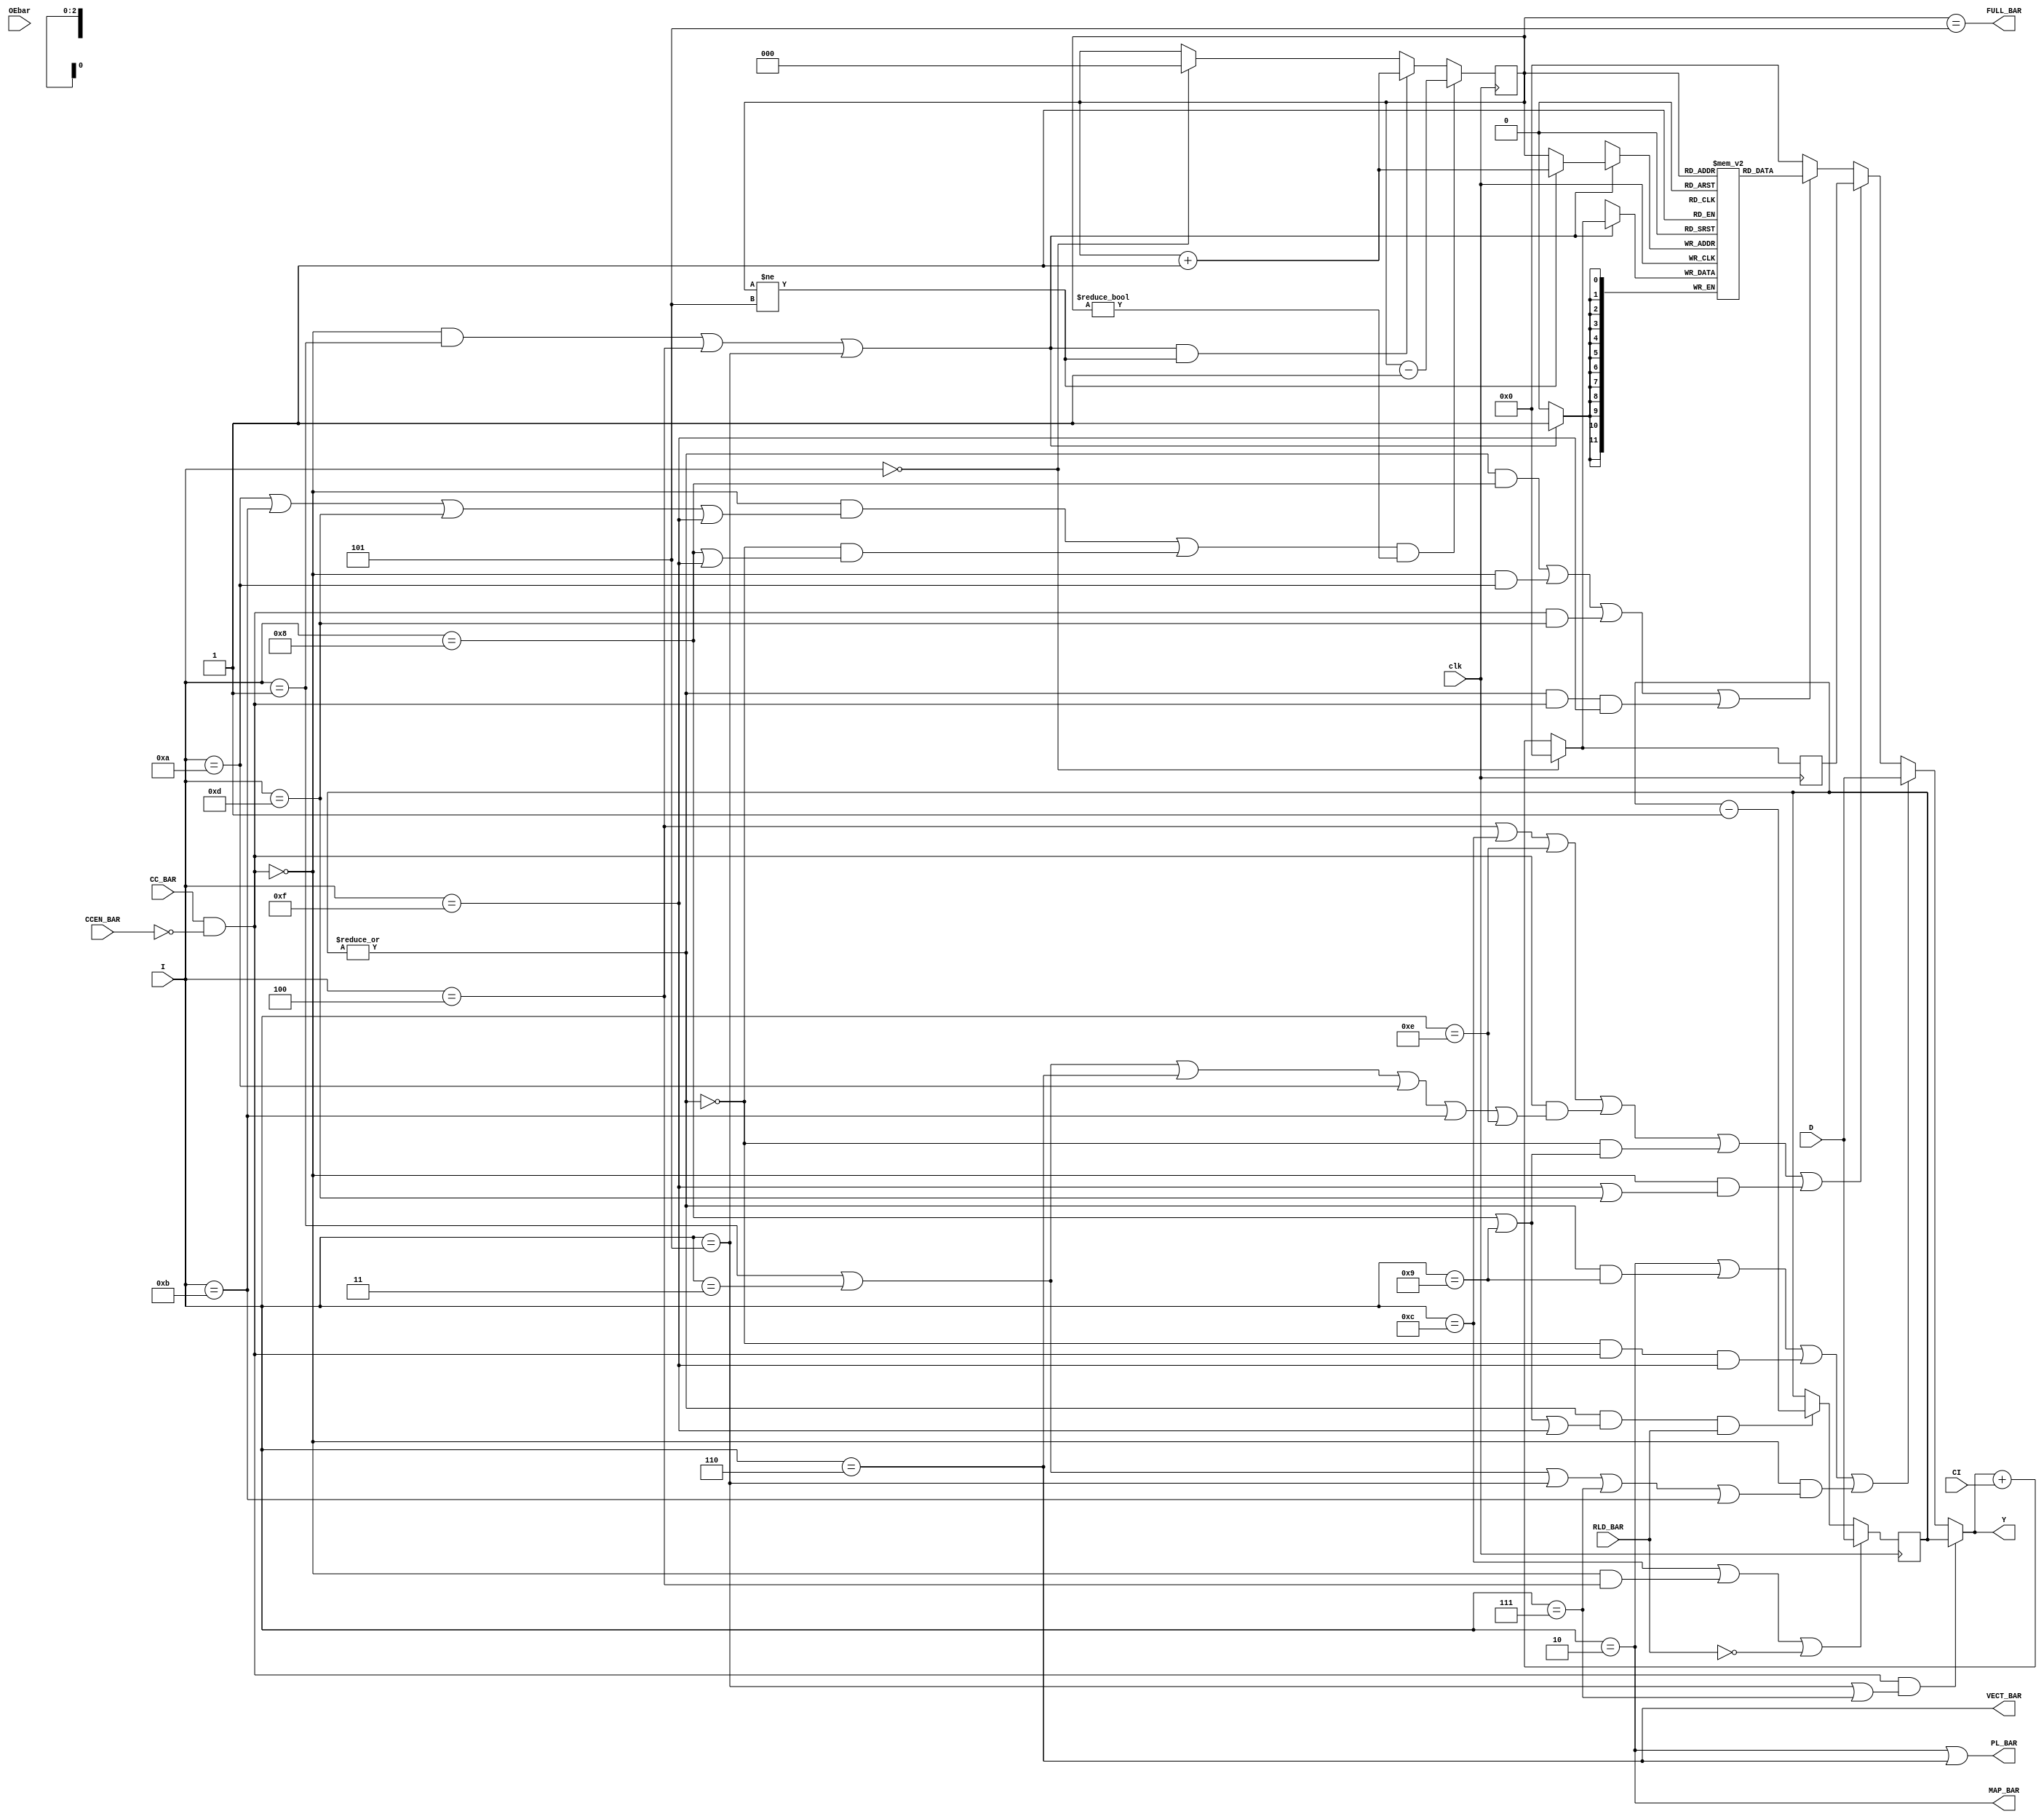
module am2910(I,CCEN_BAR,CC_BAR,RLD_BAR,CI,OEbar,clk,D,Y,PL_BAR,
	      VECT_BAR,MAP_BAR,FULL_BAR);
    input [3:0]	  I;
    input	  CCEN_BAR;
    input	  CC_BAR;
    input	  RLD_BAR;
    input	  CI;
    input	  OEbar;
    input	  clk;
    input [11:0]  D;
    output [11:0] Y;
    output	  PL_BAR;
    output	  VECT_BAR;
    output	  MAP_BAR;
    output	  FULL_BAR;

    reg [2:0]	  sp;			// stack pointer
    wire	  R_sel;
    wire	  D_sel;
    wire	  uPC_sel;
    wire	  stack_sel;
    wire	  decr;
    wire	  load;
    wire	  Rzero_bar;
    wire	  clear;
    wire	  push;
    wire	  pop;

    wire [11:0]   CI_ext;		// vl2mv fix
    wire [11:0]	  Y_temp;
    reg [11:0]	  RE;			// iteration counter
    reg [11:0]	  uPC;			// micro-program counter
    reg [11:0]	  reg_file[5:0];	// micro-program stack
    wire [2:0]	  write_address;
    wire	  fail;

    integer	  i;

    initial begin
	RE = 12'd0;
	uPC = 12'd0;
	sp = 3'd0;
	for (i = 0; i < 6; i = i + 1)
	    reg_file[i] = 12'd0;
    end // initial begin

    assign CI_ext[11:1] = 11'd0;
    assign CI_ext[0] = CI;
    assign Y_temp = R_sel ? RE : D_sel ? D : uPC_sel ? uPC :
	stack_sel ? reg_file[sp] : 12'd0;

    // Ignoring tri-state buffers.
    assign Y = Y_temp;

    always @ (posedge clk) begin
	if (load | ~RLD_BAR)
	    RE = D;
	else if (decr & RLD_BAR)
	    RE = RE - 12'd1;

	if (clear)
	    uPC = 12'd0;
	else
	    uPC = Y_temp + CI_ext;

	if (pop && sp != 3'd0)
	    sp = sp - 3'd1;
	else if (push & sp != 3'd5)
	    sp = sp + 3'd1;
	else if (clear)
	    sp = 3'd0;

	if (push)
	    reg_file[write_address] = uPC;
    end // always @ (posedge clk)

    assign Rzero_bar = |RE[11:0];
    assign write_address = (sp != 3'd5) ? sp + 3'd1 : sp;
    assign FULL_BAR = sp == 5;

    assign fail = CC_BAR & ~ CCEN_BAR;
    assign D_sel = 
	(I == 4'd2) |
	(Rzero_bar & (I == 4'd9)) |
	(~Rzero_bar & fail & (I == 4'd15)) |
	(~fail & ((I == 4'd1) | (I == 4'd3) | (I == 4'd5) | (I == 4'd7) |
		  (I == 4'd11)));
    assign uPC_sel =
	(I == 4'd4) | (I == 4'd12) | (I == 4'd14) |
	(fail & ((I == 4'd1) | (I == 4'd3) | (I == 4'd6) | (I == 4'd10) |
		 (I == 4'd11) | (I == 4'd14))) |
	(~Rzero_bar & ((I == 4'd8) | (I == 4'd9))) |
	(~fail & ((I == 4'd15) | (I == 4'd13)));
    assign stack_sel =
	(Rzero_bar & (I == 4'd8)) |
	(~fail & (I == 4'd10)) |
	(fail & (I == 4'd13)) |
	(Rzero_bar & fail & (I == 4'd15));
    assign R_sel = fail & ((I == 4'd5) | (I == 4'd7));
    assign push = (~fail & (I == 4'd1)) | (I == 4'd4) | (I == 4'd5);
    assign pop =
	(~fail & ((I == 4'd10) | (I == 4'd11) | (I == 4'd13) | (I == 4'd15))) |
	(~Rzero_bar & ((I == 4'd8) | (I == 4'd15)));
    assign load = (I == 4'd12) | (~fail & (I == 4'd4));
    assign decr = Rzero_bar & ((I == 4'd8) | (I == 4'd9) | (I == 4'd15));
    assign MAP_BAR = I == 4'd2;
    assign VECT_BAR = I == 4'd6;
    assign PL_BAR = (I == 4'd2) | (I == 4'd6);
    assign clear = I == 4'd0;

endmodule // am2910